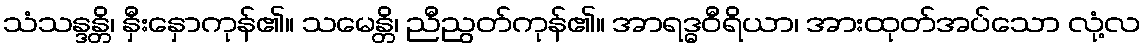
သံသန္ဒန္တိ၊ နှီးနှောကုန်၏။ သမေန္တိ၊ ညီညွတ်ကုန်၏။ အာရဒ္ဓဝီရိယာ၊ အားထုတ်အပ်သော လုံ့လ